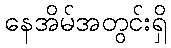
နေအိမ်အတွင်းရှိ